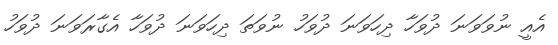
އެއީ ނުވަވަނަ ދުވަހާ ދިހަވަނަ ދުވަހު ނުވަތަ ދިހަވަނަ ދުވަހާ އެގާރަވަނަ ދުވަހު